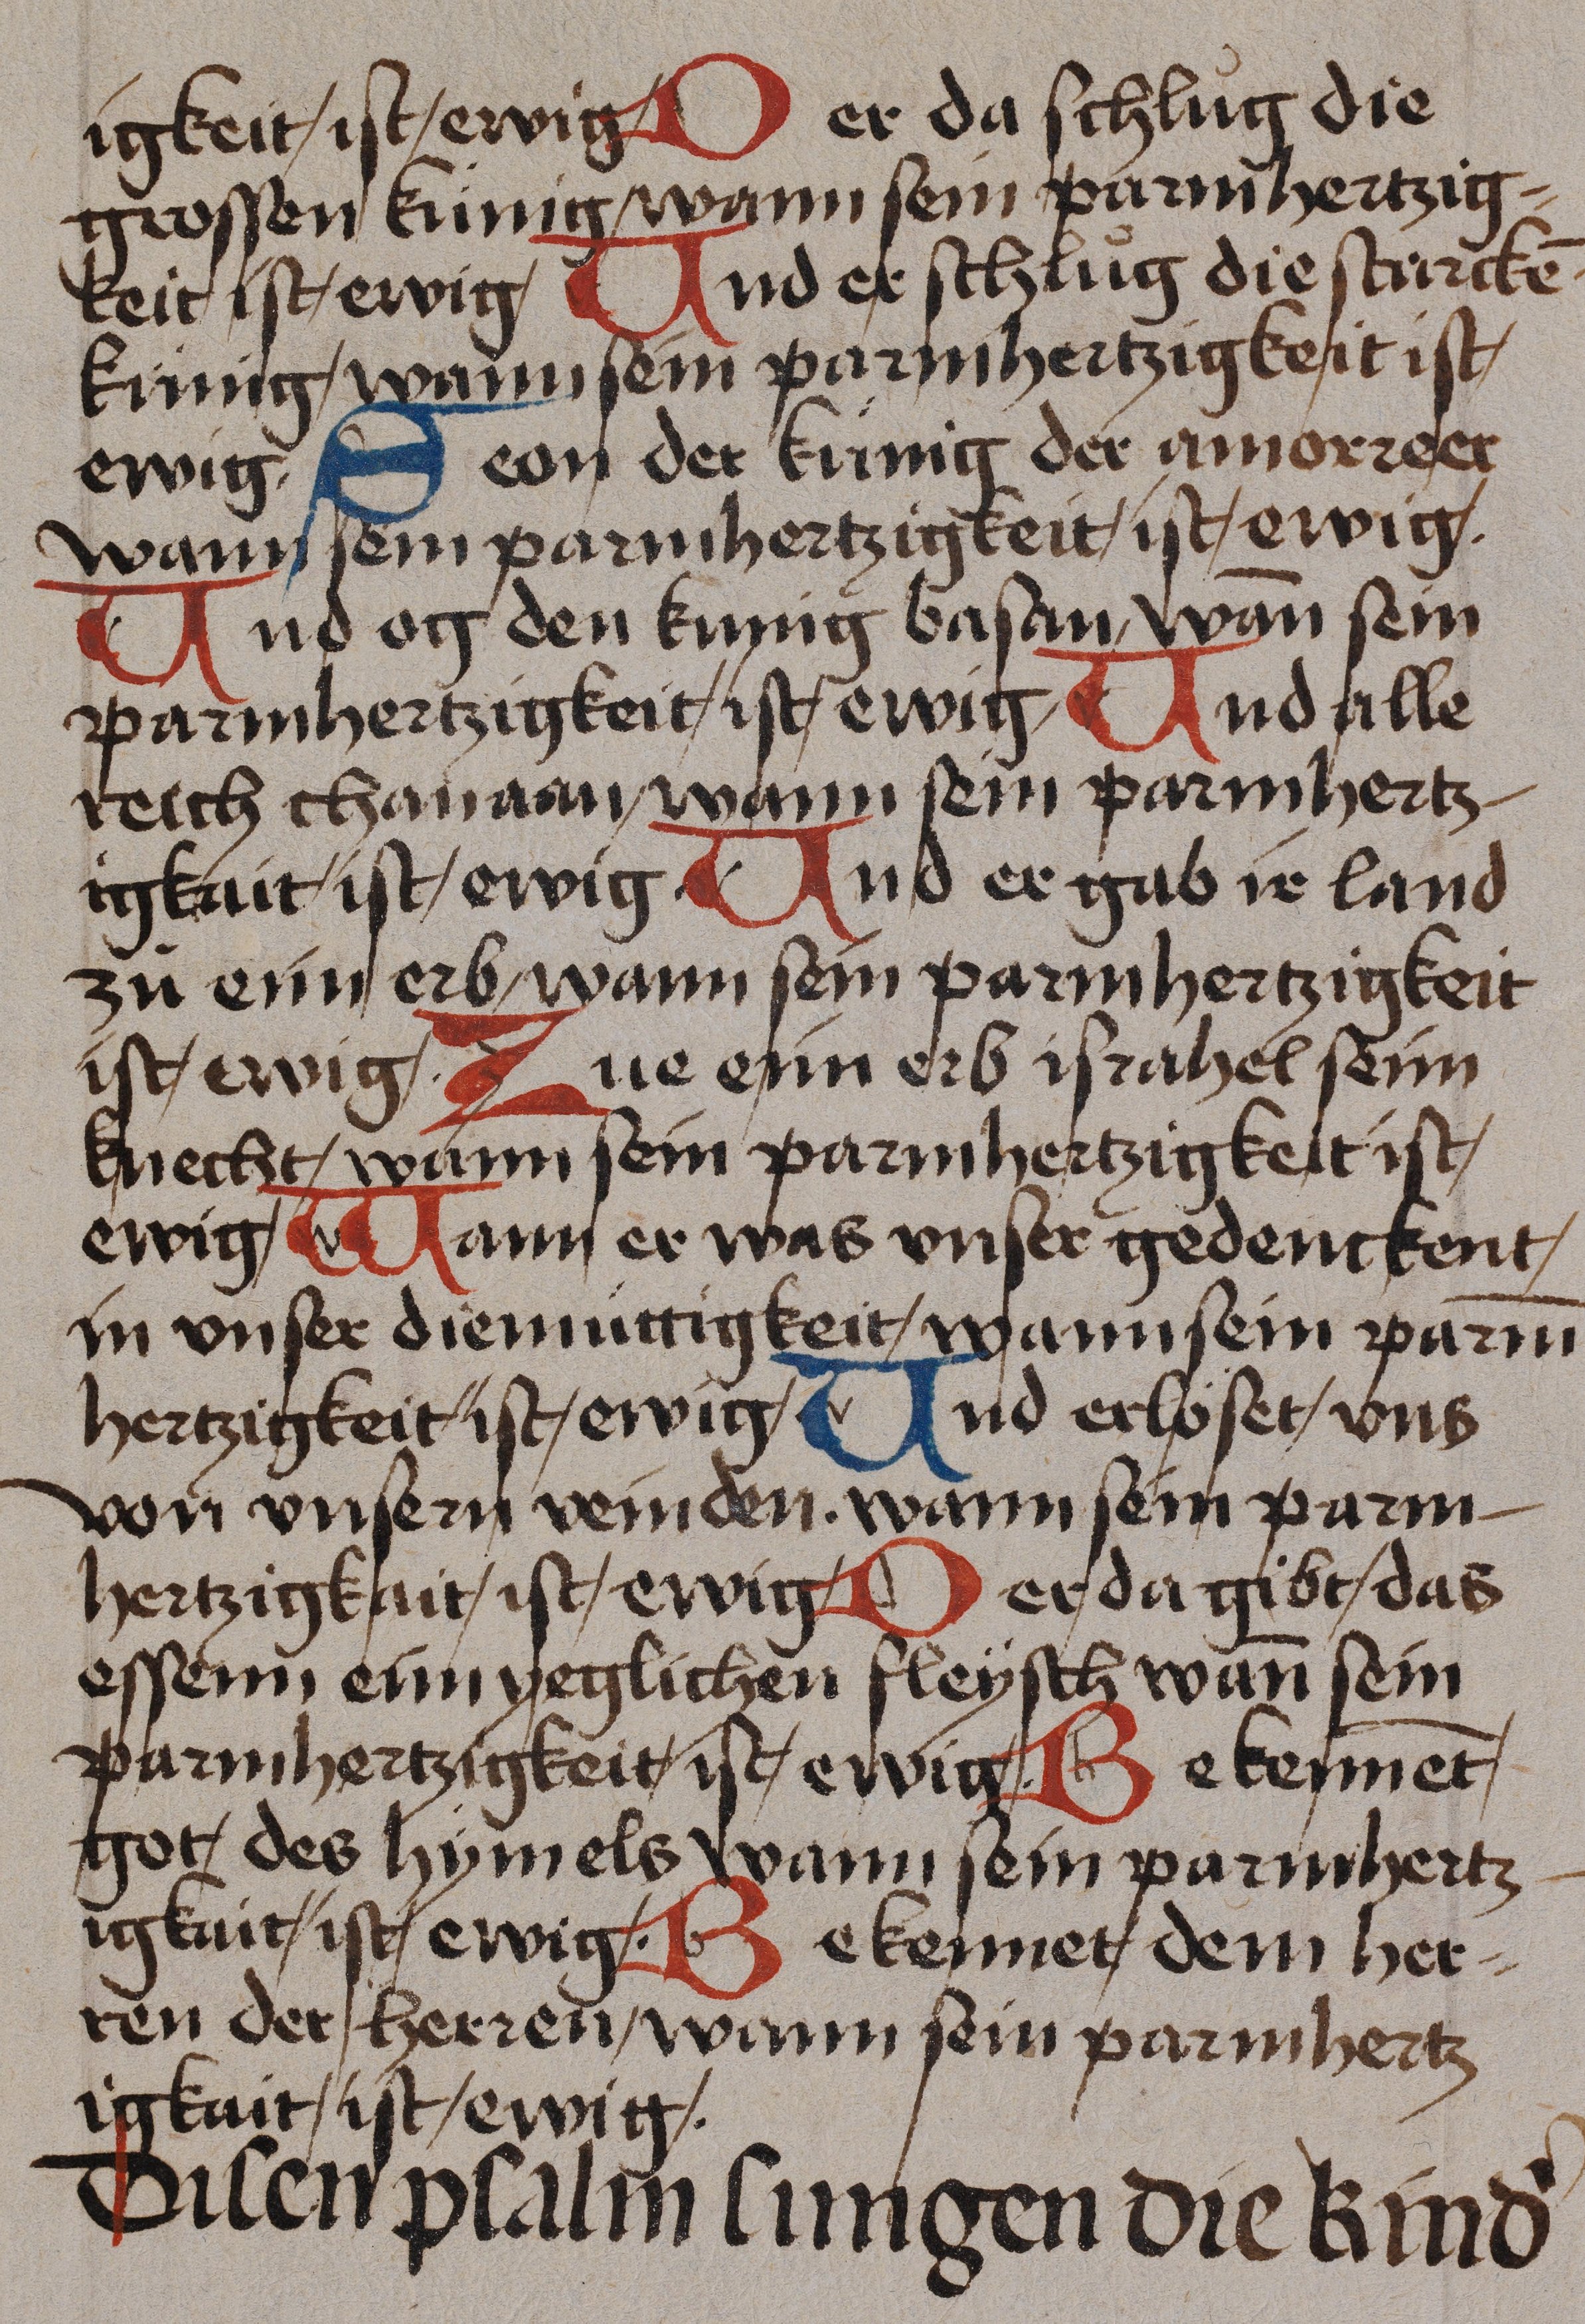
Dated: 1485–1485